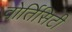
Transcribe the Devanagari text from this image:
वोर्तिसिटी